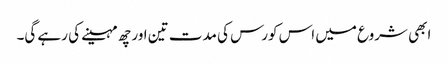
ابھی شروع میں اس کورس کی مدت تین اور چھ مہینے کی رہے گی۔